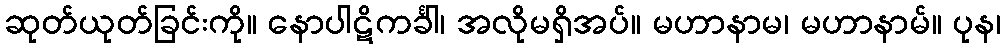
ဆုတ်ယုတ်ခြင်းကို။ နောပါဋိကင်္ခါ၊ အလိုမရှိအပ်။ မဟာနာမ၊ မဟာနာမ်။ ပုန၊